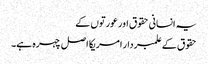
یہ انسانی حقوق اور عورتوں کے
حقوق کے علمبردار امریکا اصل چہرہ ہے۔